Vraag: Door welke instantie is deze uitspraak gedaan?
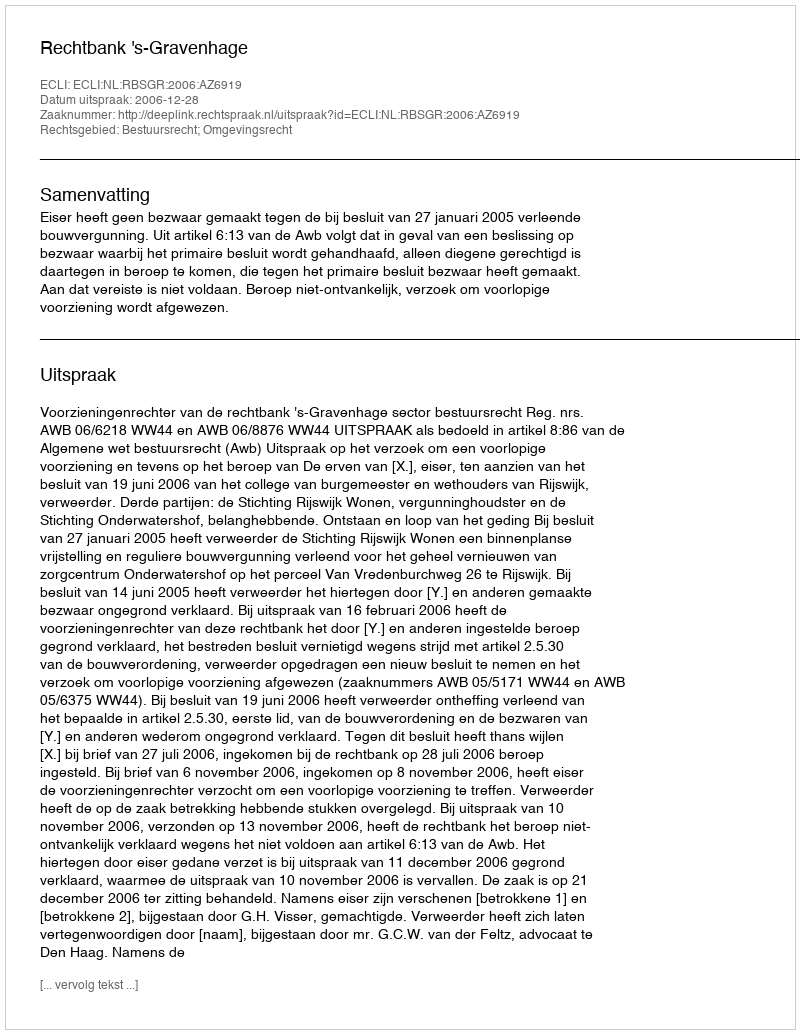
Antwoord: Rechtbank 's-Gravenhage